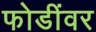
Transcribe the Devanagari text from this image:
फोडींवर